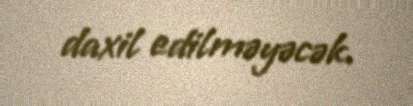
daxil edilməyəcək.